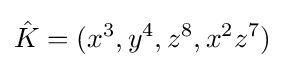
\displaystyle {\hat {K}}=(x^{3},y^{4},z^{8},x^{2}z^{7})